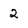
Character: 2